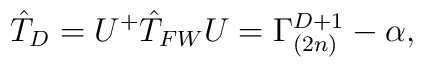
\hat{T}_D=U^+\hat{T}_{FW} U=\Gamma_{(2n)}^{D+1} - \alpha,